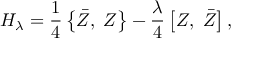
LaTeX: H _ { \lambda } = \frac 1 4 \left\{ \bar { Z } , \; Z \right\} - \frac \lambda 4 \left[ Z , \; \bar { Z } \right] ,